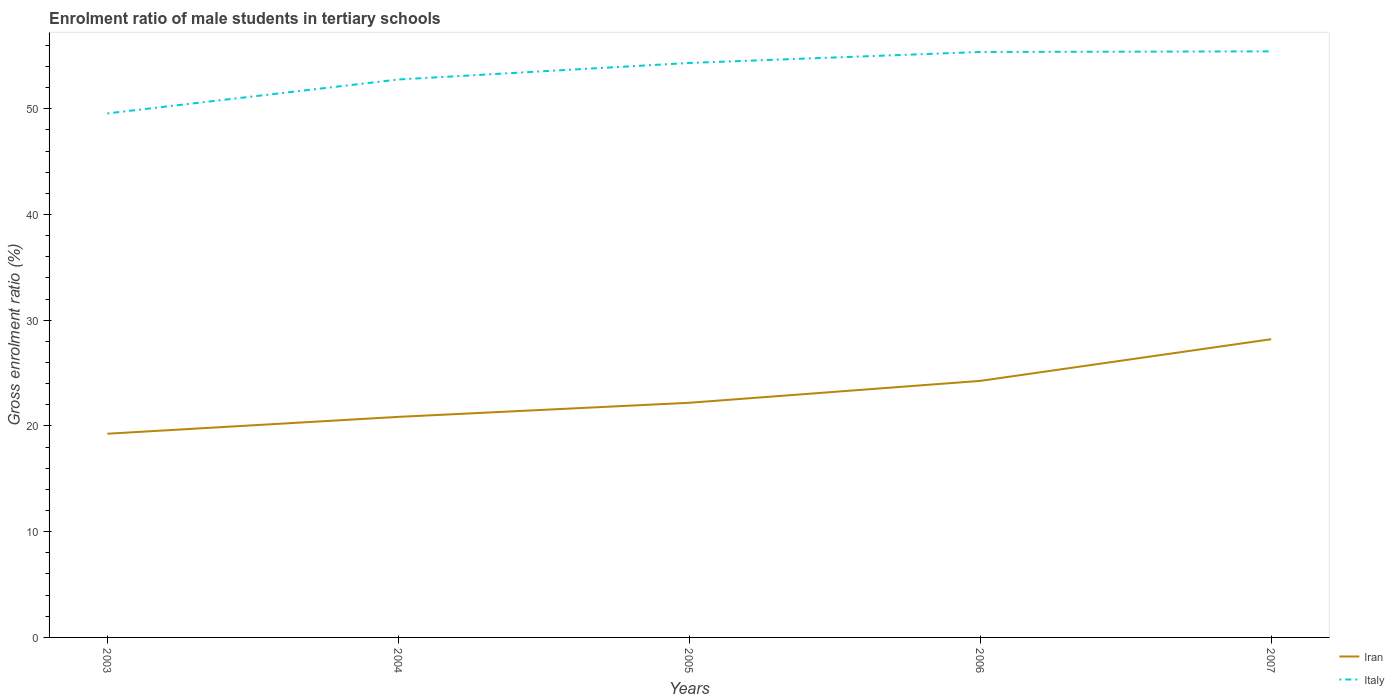
| Years | Iran | Italy |
 | --- | --- | --- |
 | 2003 | 19.3 | 49.6 |
 | 2004 | 20.9 | 52.8 |
 | 2005 | 22.2 | 54.3 |
 | 2006 | 24.3 | 55.4 |
 | 2007 | 28.2 | 55.4 |